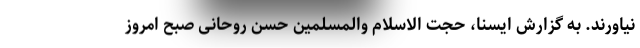
نیاورند. به گزارش ایسنا، حجت الاسلام والمسلمین حسن روحانی صبح امروز